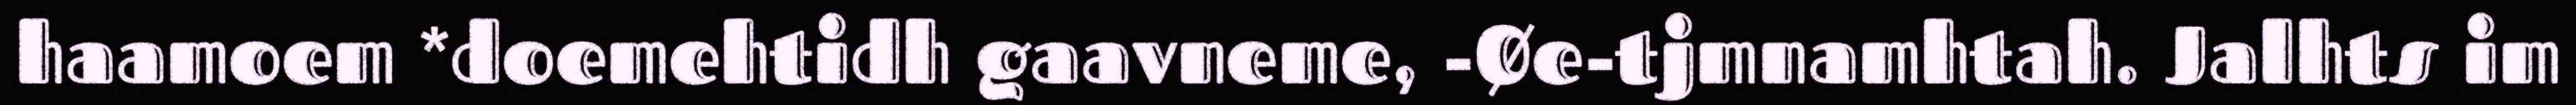
haamoem *doemehtidh gaavneme, -Øe-tjmnamhtah. Jalhts im